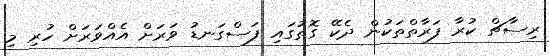
ރިސާޗް ކުރާ ފަރާތްތަކުން ދެކޭ ގޮތުގައި ފަސްގަނޑު ވަރަށް އެއްވަރަށް ހުރި މި